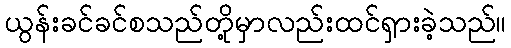
ယွန်းခင်ခင်စသည်တို့မှာလည်းထင်ရှားခဲ့သည်။